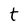
Character: t